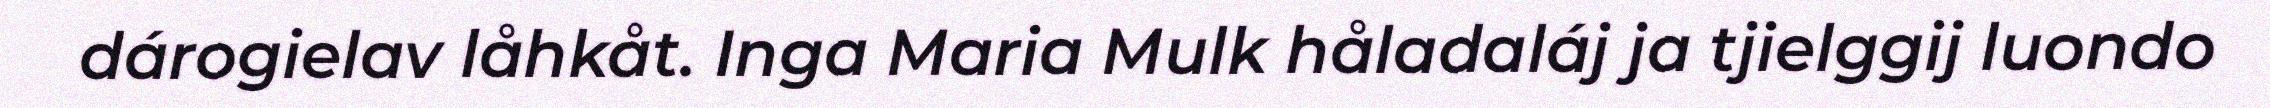
dárogielav låhkåt. Inga Maria Mulk håladaláj ja tjielggij luondo